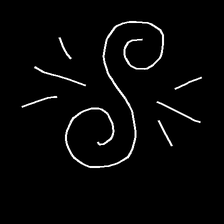
Glyph: wind-directs-air